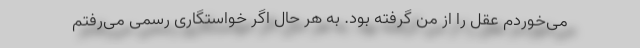
می‌خوردم عقل را از من گرفته بود. به هر حال اگر خواستگاری رسمی می‌رفتم